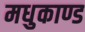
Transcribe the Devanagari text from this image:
मधुकाण्ड